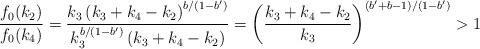
LaTeX: \begin{align*}\frac{f_0(k_2)}{f_0(k_4)} = \frac{k_3 \left ( k_3 + k_4 - k_2 \right )^{b/(1-b')}}{k_3^{b/(1-b')} \left ( k_3 + k_4 -k_2 \right )}= \left ( \frac{k_3+k_4-k_2}{k_3} \right )^{(b'+b-1)/(1-b')} > 1 \end{align*}